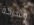
وشركة